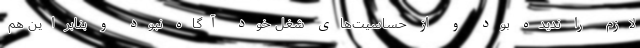
لازم را ندیده بود و از حساسیت‌های شغل خود آگاه نبود و بنابراین هم